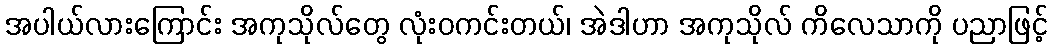
အပါယ်လားကြောင်း အကုသိုလ်တွေ လုံးဝကင်းတယ်၊ အဲဒါဟာ အကုသိုလ် ကိလေသာကို ပညာဖြင့်